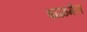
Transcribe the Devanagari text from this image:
बाळगेल